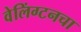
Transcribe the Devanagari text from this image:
वेलिंग्टनचा